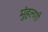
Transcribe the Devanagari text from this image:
मुंहलगी